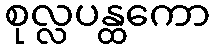
စုလ္လပန္ထကော